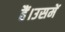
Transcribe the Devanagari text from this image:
हैं।उसमें